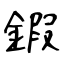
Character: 鍜